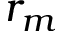
r _ { m }